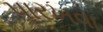
પારખવા